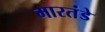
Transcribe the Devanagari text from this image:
मारतंडे